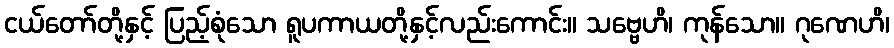
ငယ်တော်တို့နှင့် ပြည့်စုံသော ရူပကာယတို့နှင့်လည်းကောင်း။ သဗ္ဗေဟိ၊ ကုန်သော။ ဂုဏေဟိ၊